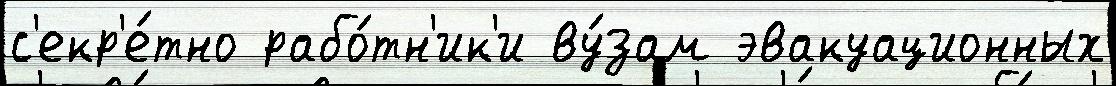
с'екр'е́тно рабо́тн'ик'и ву́зам эвакуационных